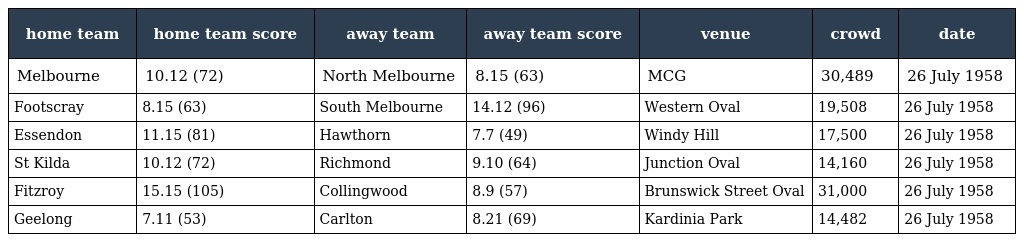
| home team | home team score | away team | away team score | venue | crowd | date |
 | --- | --- | --- | --- | --- | --- | --- |
 | Melbourne | 10.12 (72) | North Melbourne | 8.15 (63) | MCG | 30,489 | 26 July 1958 |
 | Footscray | 8.15 (63) | South Melbourne | 14.12 (96) | Western Oval | 19,508 | 26 July 1958 |
 | Essendon | 11.15 (81) | Hawthorn | 7.7 (49) | Windy Hill | 17,500 | 26 July 1958 |
 | St Kilda | 10.12 (72) | Richmond | 9.10 (64) | Junction Oval | 14,160 | 26 July 1958 |
 | Fitzroy | 15.15 (105) | Collingwood | 8.9 (57) | Brunswick Street Oval | 31,000 | 26 July 1958 |
 | Geelong | 7.11 (53) | Carlton | 8.21 (69) | Kardinia Park | 14,482 | 26 July 1958 |